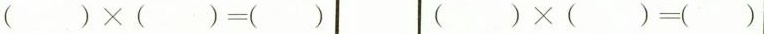
$$( ) \times ( ) = ( )$$ $$( ) \times ( ) = ( )$$